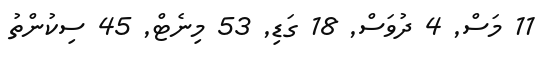
11 މަސް